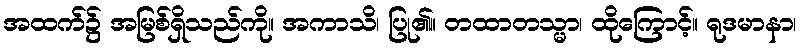
အထက်၌ အမြစ်ရှိသည်ကို။ အကာသိ၊ ပြု၏။ တထာတသ္မာ၊ ထိုကြောင့်။ ရုဒမာနာ၊